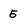
Character: 5